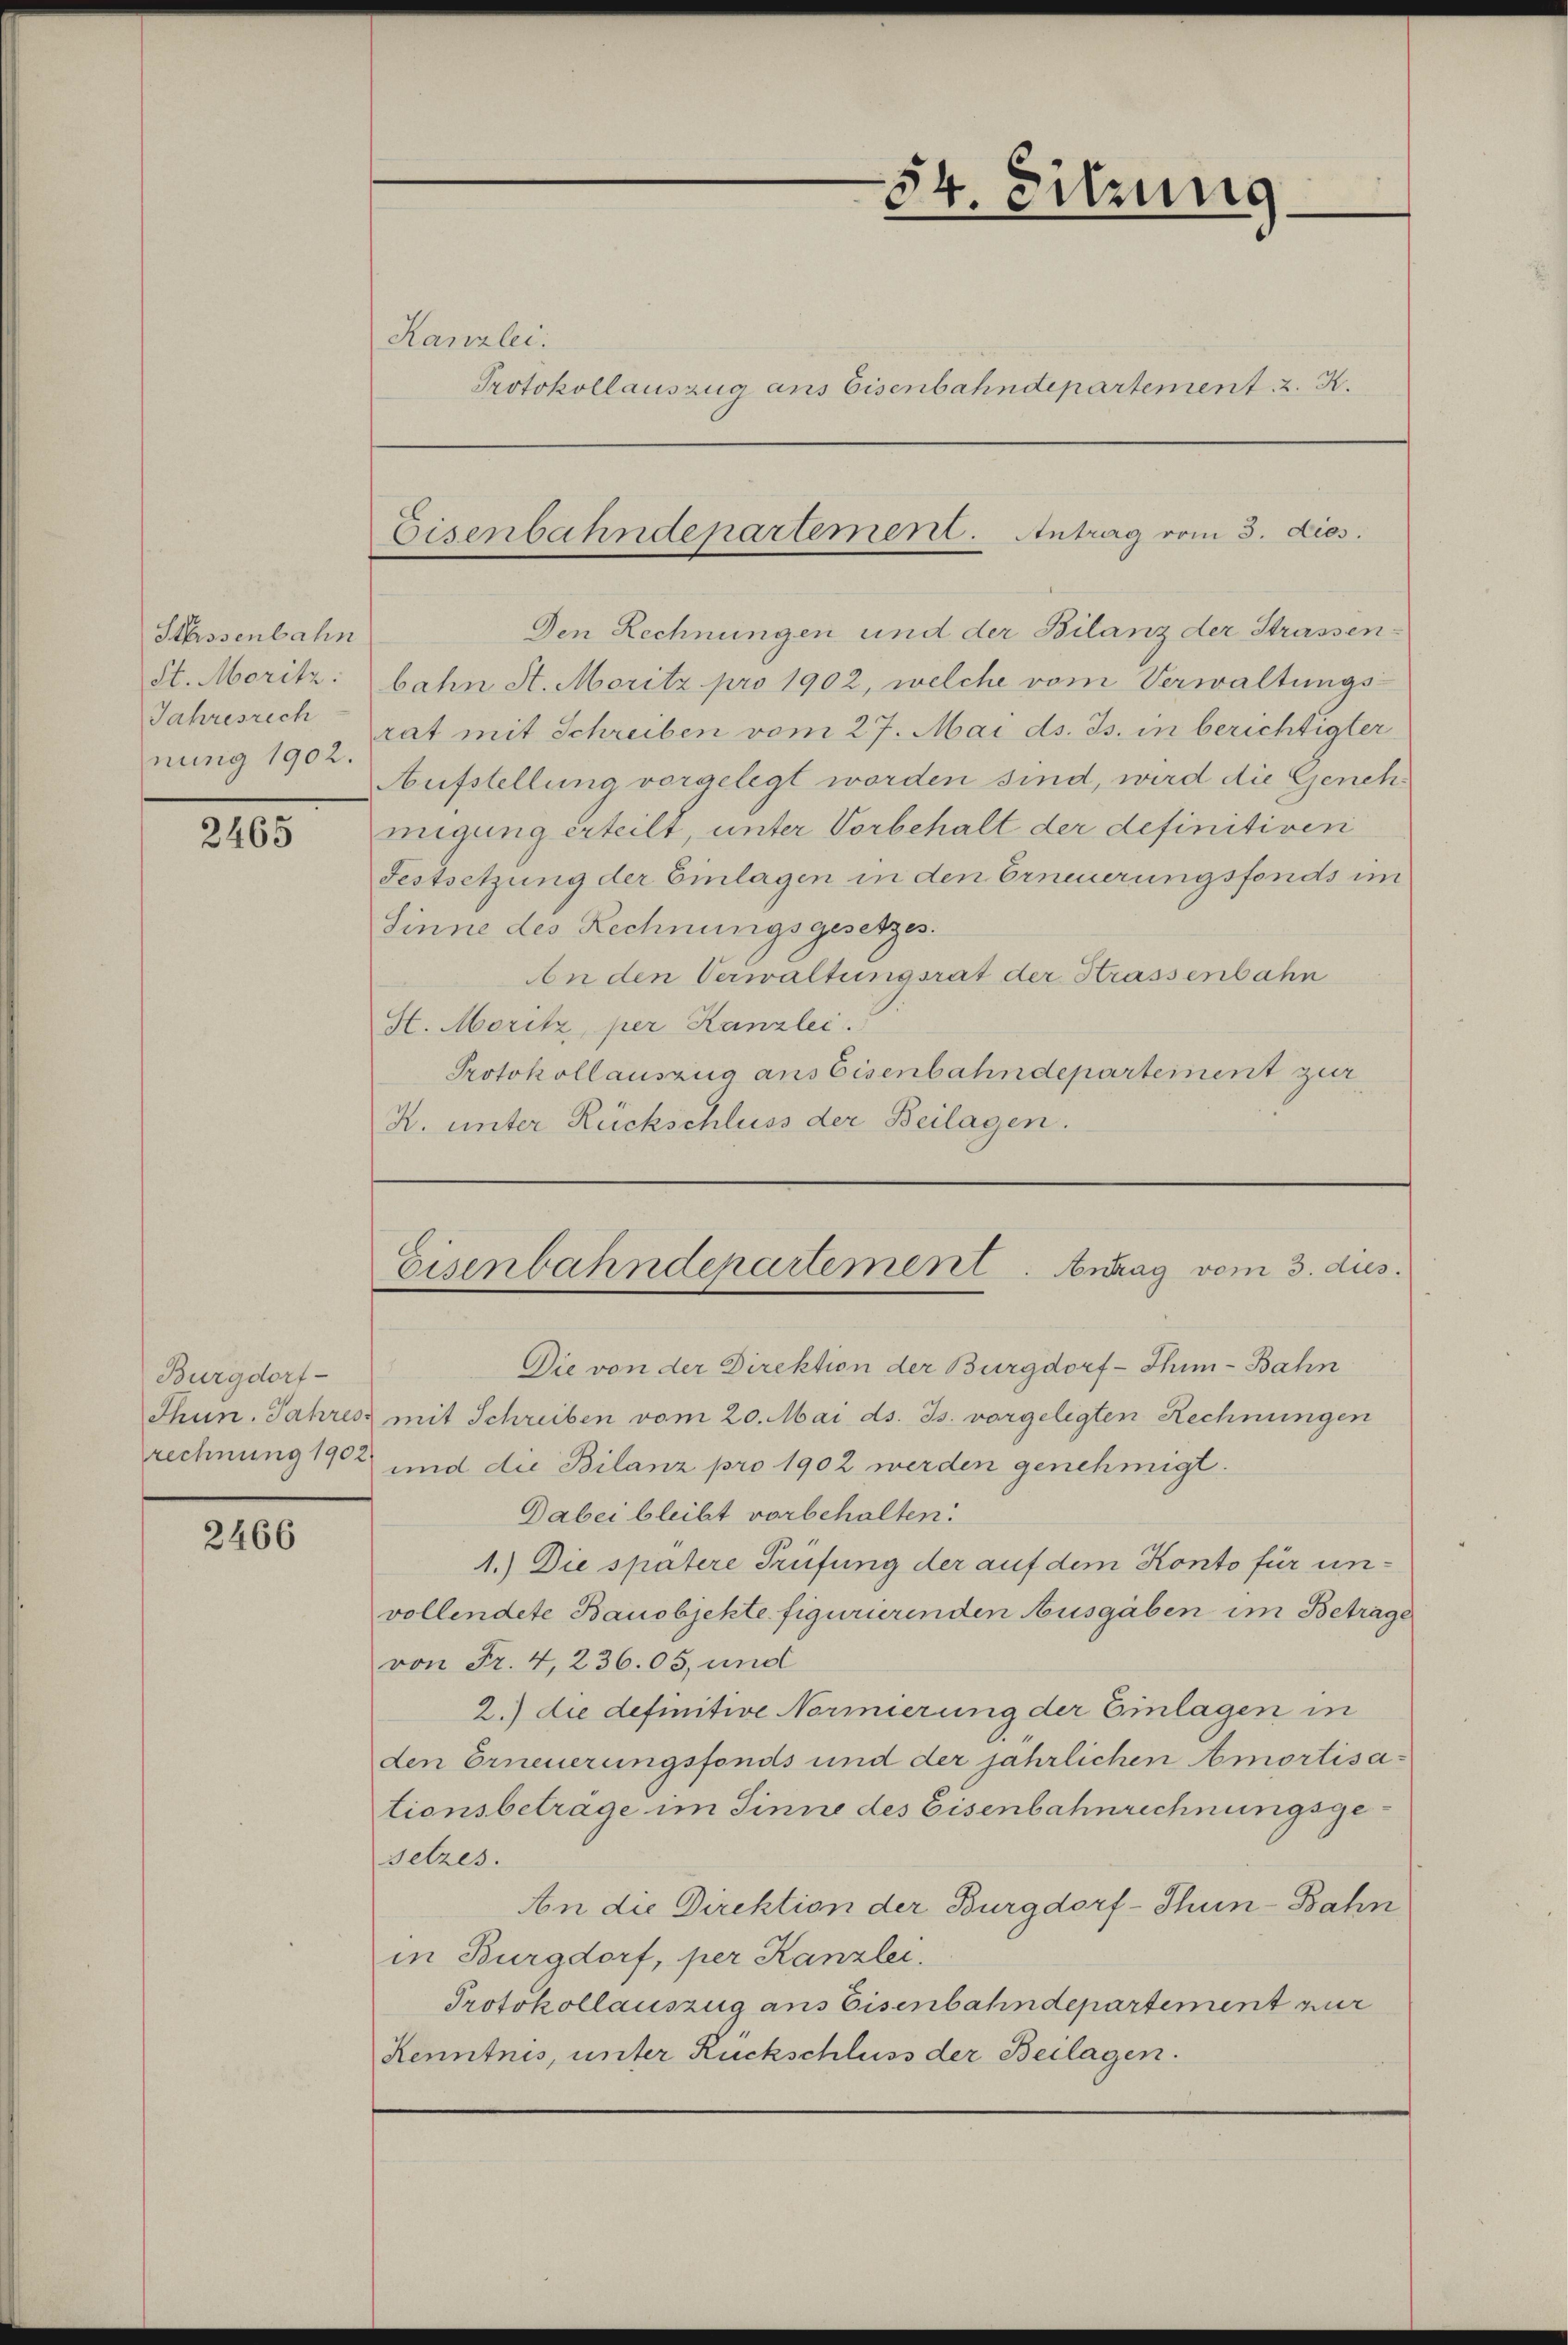
Sbissenbahn
St. Moritz:
Jahresrech
nung 1902.

2465

Burgdorf

2466

Den Rechnungen und der Bilanz der Strassenbahn St. Moritz pro 1902, welche vom Verwaltungsrat mit Schreiben vom 27. Mai ds. Js. in berichtigter
Aufstellung vorgelegt worden sind, wird die Genehmigung erteilt, unter Vorbehalt der definitiven
Festsetzung der Einlagen in den Erneuerungsfonds im
Sinne des Rechnungsgesetzes.
An den Verwaltungsrat der Strassenbahn
St. Moritz, per Kanzlei.
Protokollauszug ans Eisenbahndepartement zur
K. unter Rückschluss der Beilagen.

Kanzlei.
Protokollauszug ans Eisenbahndepartement . . .

5
4. Sitzung

Eisenbahndepartement. Antrag vom 3. dies.

Eisenbahndepartement. Antrag vom 3. dies

Die von der Direktion der Burgdorf-Thim-Bahn
Thun. Jahres mit Schreiben vom 20. Mai ds. Js. vorgelegten Rechnungen
rechnung 1902 und die Bilanz pro 1902 werden genehmigt.
Dabei bleibt vorbehalten:
1.) Die spätere Prüfung der auf dem Konto für unvollendete Bauobjekte figurierenden Ausgaben im Betrage
von Fr. 4,236.03, und
2.) die definitive Normierung der Einlagen in
den Erneuerungsfonds und der jährlichen Amortisationsbetrage im Sinne des Eisenbahnrechnungsgesetzes.
An die Direktion der Burgdorf-Thun-Bahn
in Burgdorf, per Kanzlei.
Protokollauszug aus Eisenbahndepartement nur
Kenntnis, unter Rückschluss der Beilagen.